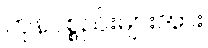
ကုန်ပစ္စည်းများအား